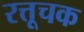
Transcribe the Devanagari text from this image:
रत्तूचक